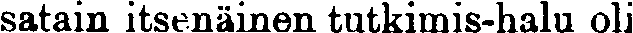
satain itsenäinen tutkimis-halu oli